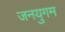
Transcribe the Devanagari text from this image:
जनयुगम